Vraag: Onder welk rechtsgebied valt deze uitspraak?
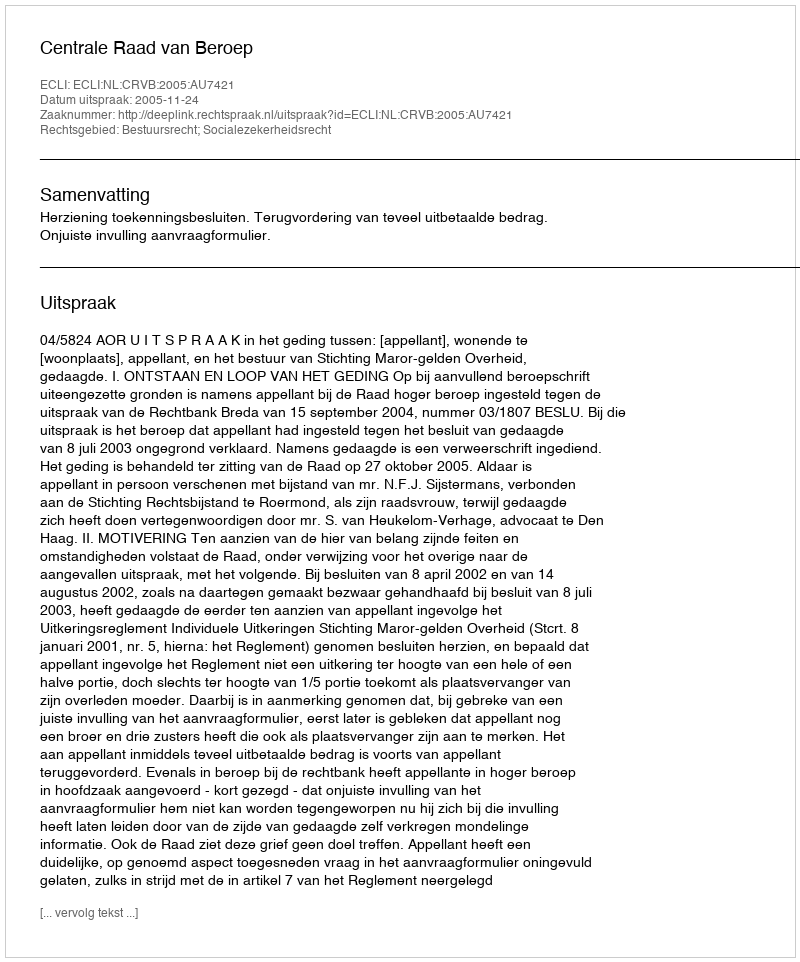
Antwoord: Bestuursrecht; Socialezekerheidsrecht